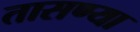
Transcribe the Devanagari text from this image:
तासण्या